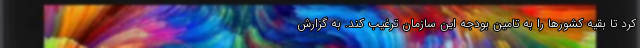
کرد تا بقیه کشورها را به تامین بودجه این سازمان ترغیب کند. به گزارش